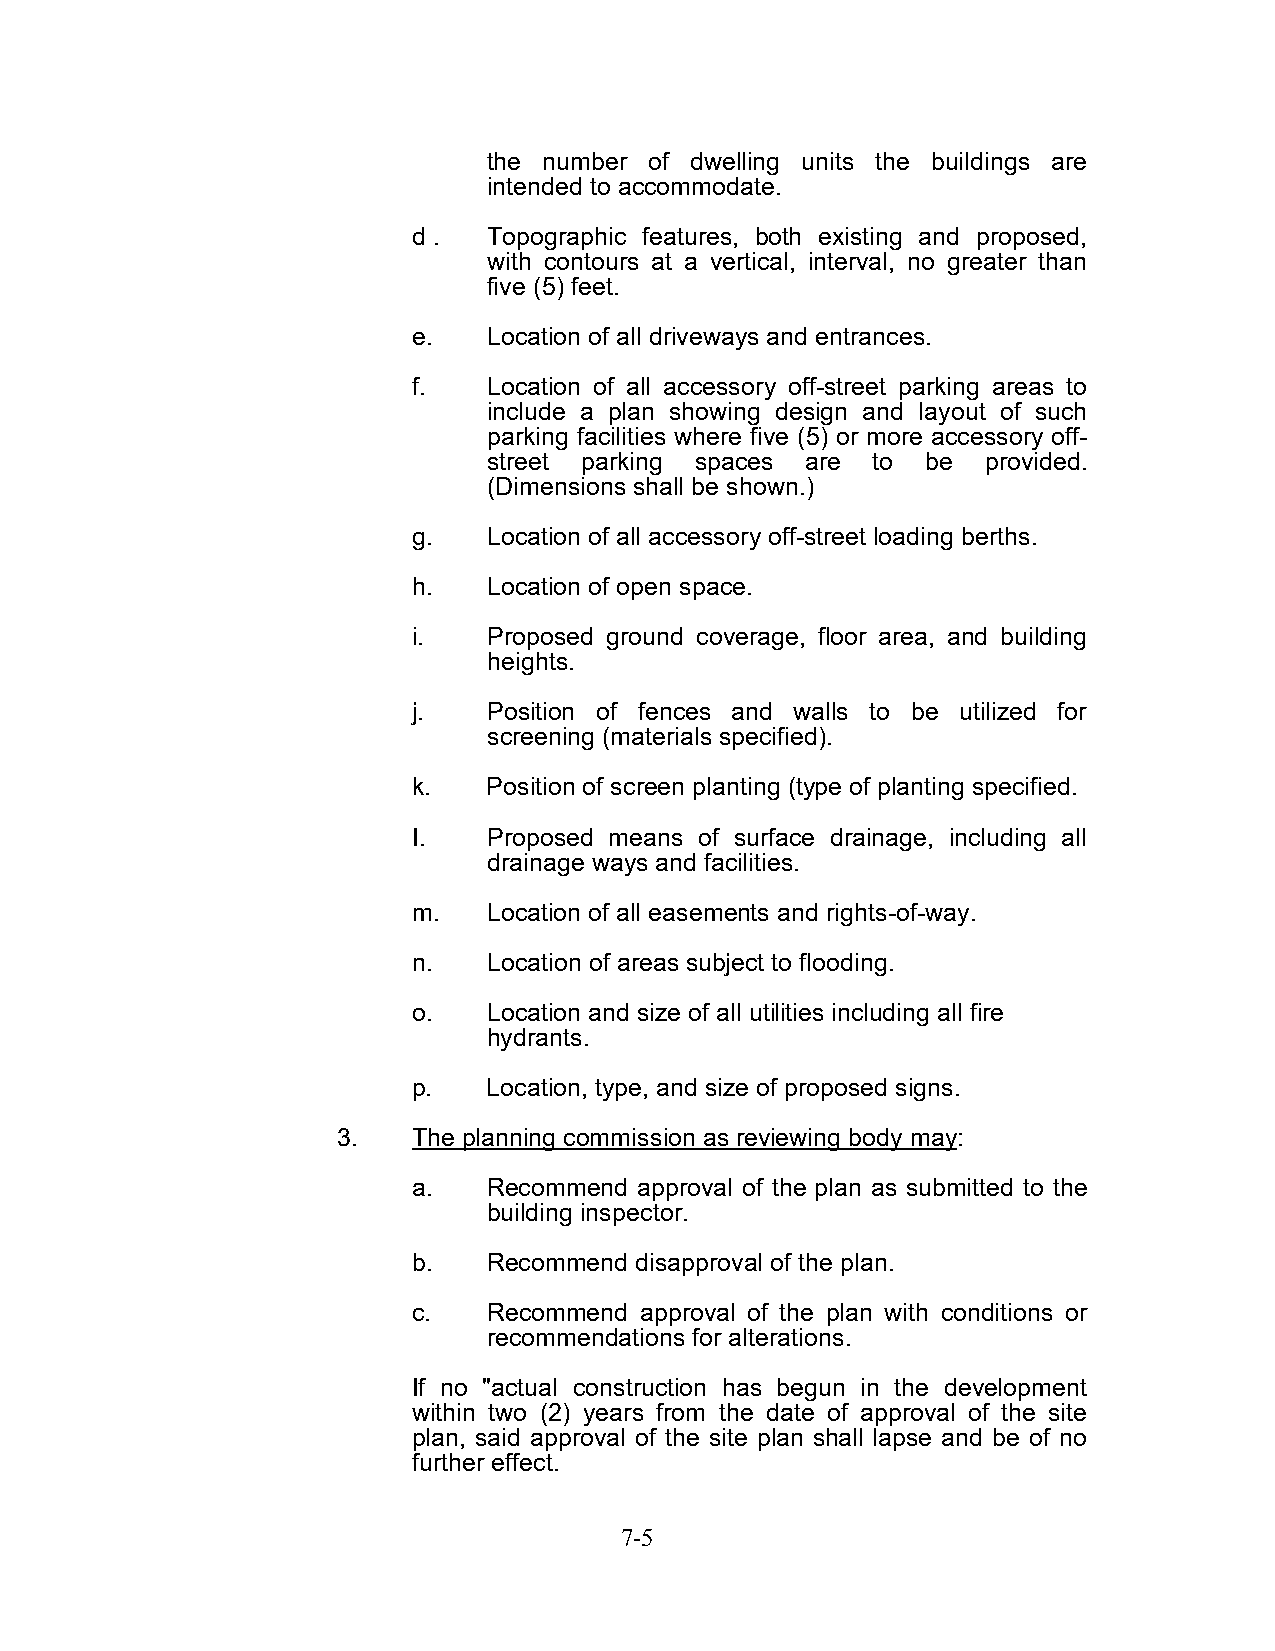
the number of dwelling units the buildings are
 intended to accommodate.
 d .  Topographic features, both existing and proposed,
 with contours at a vertical, interval, no greater than
 five (5) feet.
 e.   Location of all driveways and entrances.
 f.   Location of all accessory off-street parking areas to
 include a plan showing design and layout of such
 parking facilities where five (5) or more accessory off-
 street parking spaces are to be  provided.
 (Dimensions shall be shown.)
 g.   Location of all accessory off-street loading berths.
 h.   Location of open space.
 i.   Proposed ground coverage, floor area, and building
 heights.
 j.   Position of fences and walls to be utilized for
 screening (materials specified).
 k.   Position of screen planting (type of planting specified.
 I.   Proposed means of surface drainage, including all
 drainage ways and facilities.
 m.   Location of all easements and rights-of-way.
 n.   Location of areas subject to flooding.
 o.   Location and size of all utilities including all fire
 hydrants.
 p.   Location, type, and size of proposed signs.
 3.   The planning commission as reviewing body may:
 a.   Recommend approval of the plan as submitted to the
 building inspector.
 b.   Recommend disapproval of the plan.
 c.   Recommend approval of the plan with conditions or
 recommendations for alterations.
 If no "actual construction has begun in the development
 within two (2) years from the date of approval of the site
 plan, said approval of the site plan shall lapse and be of no
 further effect.
 7-5